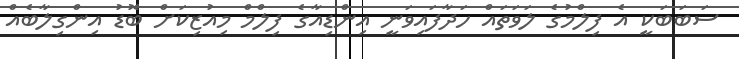
ސަބަބަކީ އެ ފިލްމުގެ ލަވަތައް ހަދާފައިވަނީ އިންޑިއާގެ ފިލްމް މިއުޒިކަށް ބޮޑު އިންގިލާބެއް